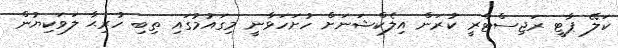
ކަލޭ ޕާޓީ ރަޖިސްޓްރީ ކުރަން އިލެކްޝަނަށް ހުށަހަޅާނީ މިގައުމުގައި ތިބި ހުރިޙާ ލަވަކިޔުން